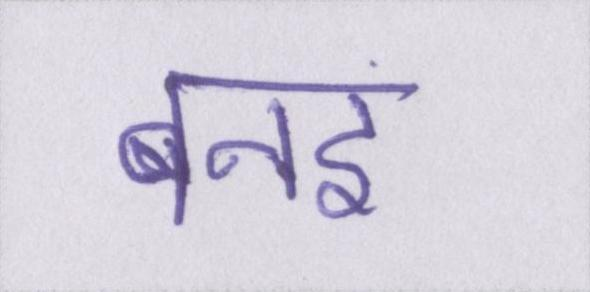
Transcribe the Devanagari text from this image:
बनइ